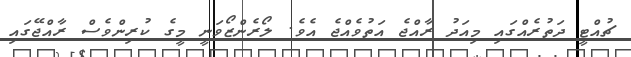
ޗުއްޓީ ދަތުރެއްގައި މިއަދު ރާއްޖެ އަތުވެއްޖެ އެވެ. ލޯރެންޒޯވަނީ މީގެ ކުރިންވެސް ރާއްޖޭގައި